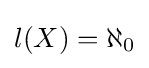
l(X)=\aleph _{0}